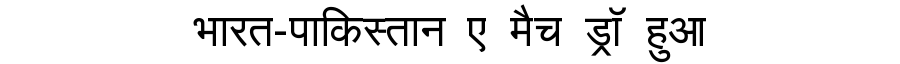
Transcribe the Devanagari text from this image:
भारत-पाकिस्तान ए मैच ड्रॉ हुआ